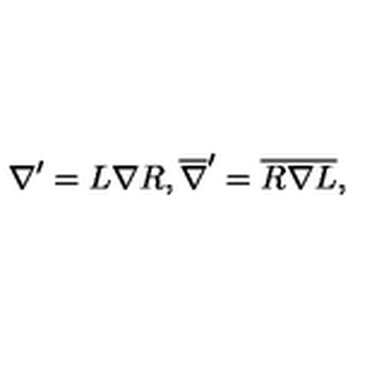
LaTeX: \nabla ^ { \prime } = L \nabla R , \overline { { \nabla } } ^ { \prime } = \overline { { R } } \overline { { \nabla } } \overline { { L } } ,